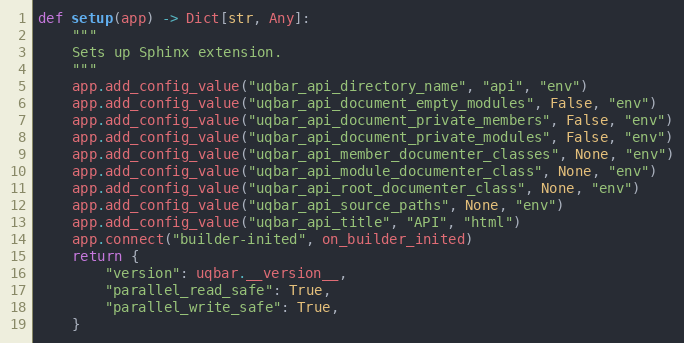
Language: Python
def setup(app) -> Dict[str, Any]:
    """
    Sets up Sphinx extension.
    """
    app.add_config_value("uqbar_api_directory_name", "api", "env")
    app.add_config_value("uqbar_api_document_empty_modules", False, "env")
    app.add_config_value("uqbar_api_document_private_members", False, "env")
    app.add_config_value("uqbar_api_document_private_modules", False, "env")
    app.add_config_value("uqbar_api_member_documenter_classes", None, "env")
    app.add_config_value("uqbar_api_module_documenter_class", None, "env")
    app.add_config_value("uqbar_api_root_documenter_class", None, "env")
    app.add_config_value("uqbar_api_source_paths", None, "env")
    app.add_config_value("uqbar_api_title", "API", "html")
    app.connect("builder-inited", on_builder_inited)
    return {
        "version": uqbar.__version__,
        "parallel_read_safe": True,
        "parallel_write_safe": True,
    }